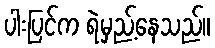
ပါးပြင်က ရဲမှည့်နေသည်။